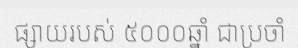
ផ្សាយរបស់ ៥០០០ឆ្នាំ ជាប្រចាំ